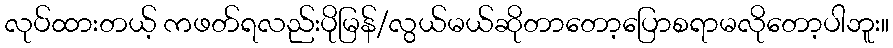
လုပ်ထားတယ့် ကဖတ်ရလည်းပိုမြန်/လွယ်မယ်ဆိုတာတော့ပြောစရာမလိုတော့ပါဘူး။